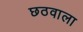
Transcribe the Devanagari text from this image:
छठवाला